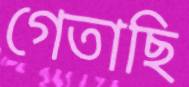
গেতাছি